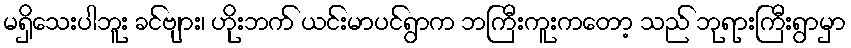
မရှိသေးပါဘူး ခင်ဗျား၊ ဟိုးဘက် ယင်းမာပင်ရွာက ဘကြီးကူးကတော့ သည် ဘုရားကြီးရွာမှာ